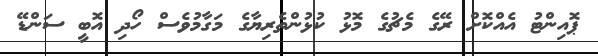
ޕޮއިންޓު އެއްކޮށް ރޭގެ މެޗުގެ މޮޅު ކުޅުންތެރިޔާގެ މަގާމުވެސް ހޯދި އޮބީ ސަންޑޭ